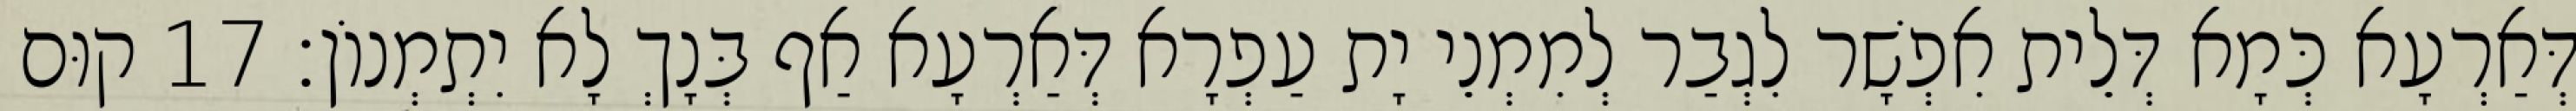
דְּאַרְעָא כְּמָא דְּלֵית אִפְשָׁר לִגְבַר לְמִמְנֵי יָת עַפְרָא דְּאַרְעָא אַף בְּנָךְ לָא יִתְמְנוֹן׃ 17 קוּם